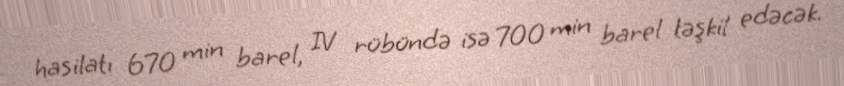
hasilatı 670 min barel, IV rübündə isə 700 min barel təşkil edəcək.